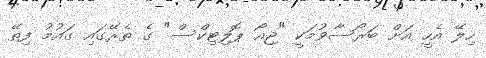
ހިލޭ އެހީ އަށް ބަރޯސާވުމަކީ "ޖިއޯ ޕޮލިޓިކްސް" ގެ ތެރޭގައި ގައުމު ފިތޭ